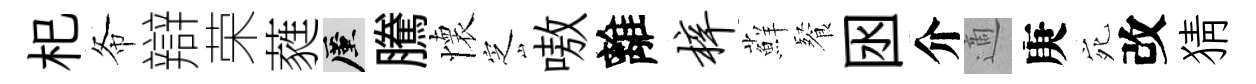
𣏌𢁙辯荣蕤厪騰懷㝎嗷離梓蘚餐囦介適庚宛改猜